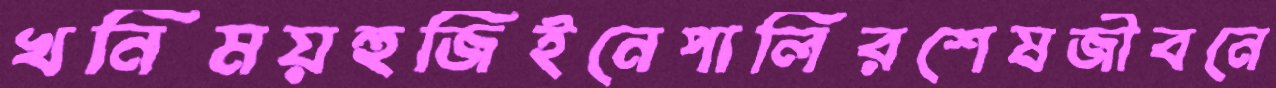
খনিময়হুজিইনেপালিরশেষজীবনে